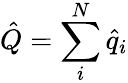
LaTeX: \hat{Q}=\sum_{i}^{N}\hat{q}_{i}